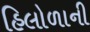
હિલોળાની